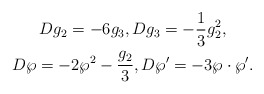
\begin{gather*}Dg_2 = -6g_3, Dg_3 = -\frac 1 3 g_2^2,\\D\wp = -2\wp^2 - \frac{g_2}3,D\wp' = -3\wp\cdot\wp'. \end{gather*}